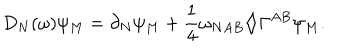
D _ { N } ( \omega ) \psi _ { M } = \partial _ { N } \psi _ { M } + \frac { 1 } { 4 } \omega _ { N A B } \diamondsuit \Gamma ^ { A B } \psi _ { M } .